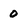
Character: 0